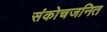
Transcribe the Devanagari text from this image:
संकोचजनित